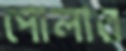
পোলার